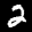
Label: 2